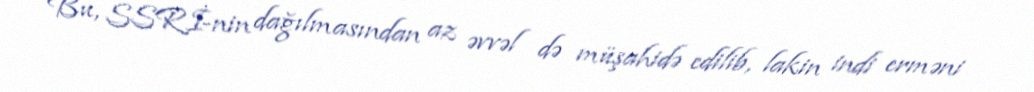
Bu, SSRİ-nin dağılmasından az əvvəl də müşahidə edilib, lakin indi erməni